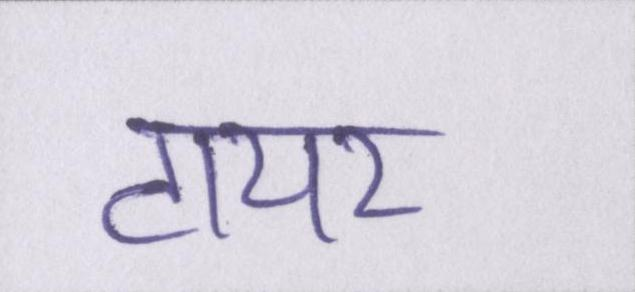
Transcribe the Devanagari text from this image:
टायर